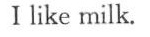
Ⅰ like milk.